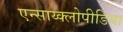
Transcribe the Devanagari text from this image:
एन्साय्क्लोपीडिया